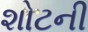
શોટની